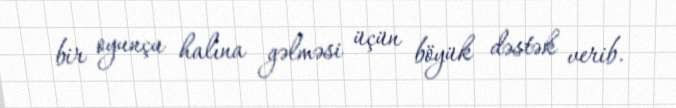
bir oyunçu halına gəlməsi üçün böyük dəstək verib.